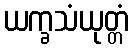
ယက္ခသံယုတ္တံ